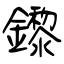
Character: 鑗